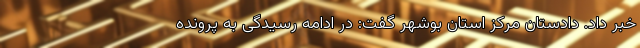
خبر داد. دادستان مرکز استان بوشهر گفت: در ادامه رسیدگی به پرونده